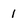
Character: 1